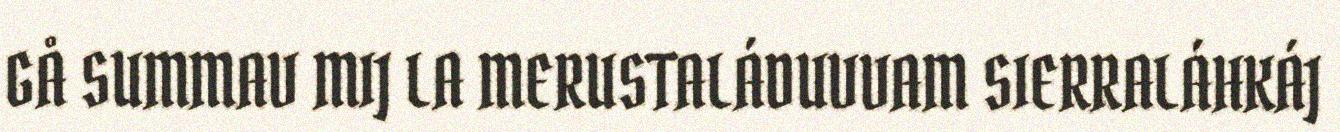
GÅ SUMMAV MIJ LA MERUSTALÁDUVVAM SIERRALÁHKÁJ